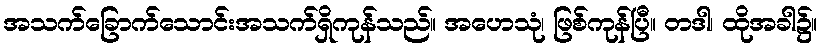
အသက်ခြောက်သောင်းအသက်ရှိကုန်သည်။ အဟေသုံ၊ ဖြစ်ကုန်ပြီ။ တဒါ၊ ထိုအခါ၌။